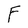
Character: F